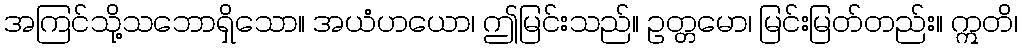
အကြင်သို့သဘောရှိသော။ အယံဟယော၊ ဤမြင်းသည်။ ဥတ္တမော၊ မြင်းမြတ်တည်း။ ဣတိ၊